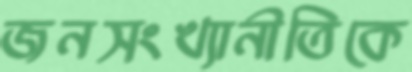
জনসংখ্যানীতিকে